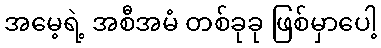
အမေ့ရဲ့ အစီအမံ တစ်ခုခု ဖြစ်မှာပေါ့